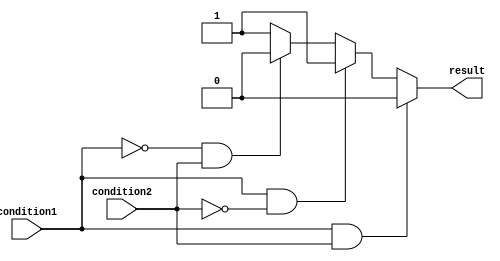
module if_else_ladder (
    input wire condition1,
    input wire condition2,
    output reg result
);

always @ (*) begin
    if (condition1 && condition2) begin
        result = 2'b00;
    end else if (condition1 && !condition2) begin
        result = 2'b01;
    end else if (!condition1 && condition2) begin
        result = 2'b10;
    end else begin
        result = 2'b11;
    end
end

endmodule